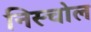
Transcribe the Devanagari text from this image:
निस्चोल